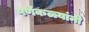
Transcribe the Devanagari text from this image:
पर्णकळ्यांनी